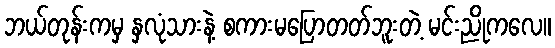
ဘယ်တုန်းကမှ နှလုံသားနဲ့ စကားမပြောတတ်ဘူးတဲ့ မင်းညိုကလေ။